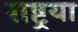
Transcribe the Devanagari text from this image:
राष्ट्रया